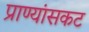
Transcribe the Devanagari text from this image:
प्राण्यांसकट